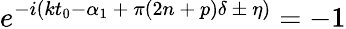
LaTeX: e^{-i(kt_{0}-\alpha_{1}\ +\ \pi(2n\ +\ p)\delta\ \pm\ \eta)}=-1